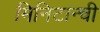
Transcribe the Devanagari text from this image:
मिनिटान्ची